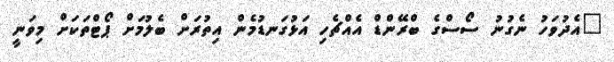
"އެދުވަހު ނެގުނު ސޯސްގެ ބްރޭންޑް އެއްޗެހި އަޅުގަނޑުމެން އިތުރަށް ބެލުމަށް ޕޯޓްތަކަށް މިވަނީ